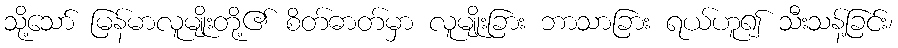
သို့သော် မြန်မာလူမျိုးတို့၏ စိတ်ဓာတ်မှာ လူမျိုးခြား ဘာသာခြား ရယ်ဟူ၍ သီးသန့်ခြင်း၊